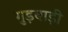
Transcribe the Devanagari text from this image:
गुड़बाड़ी